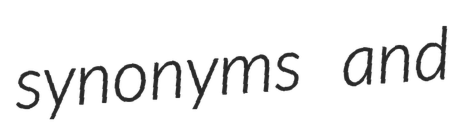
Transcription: synonyms and